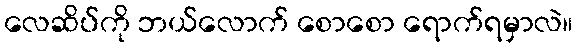
လေဆိပ်ကို ဘယ်လောက် စောစော ရောက်ရမှာလဲ။